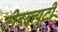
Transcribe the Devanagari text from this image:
टीडब्ल्यूटी